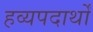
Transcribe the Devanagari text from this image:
हव्यपदार्थों